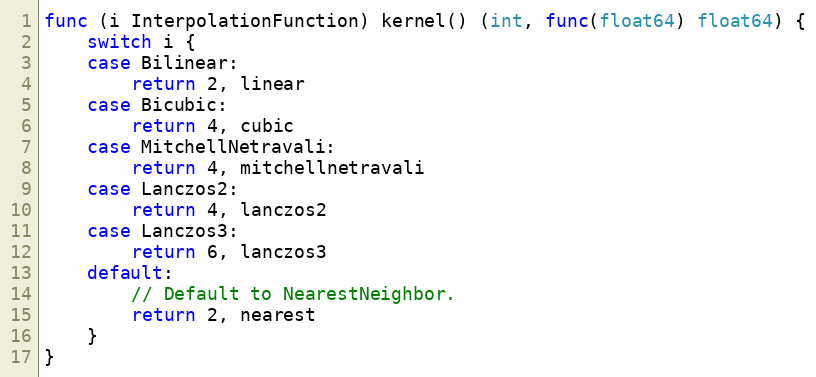
Language: Go
func (i InterpolationFunction) kernel() (int, func(float64) float64) {
	switch i {
	case Bilinear:
		return 2, linear
	case Bicubic:
		return 4, cubic
	case MitchellNetravali:
		return 4, mitchellnetravali
	case Lanczos2:
		return 4, lanczos2
	case Lanczos3:
		return 6, lanczos3
	default:
		// Default to NearestNeighbor.
		return 2, nearest
	}
}